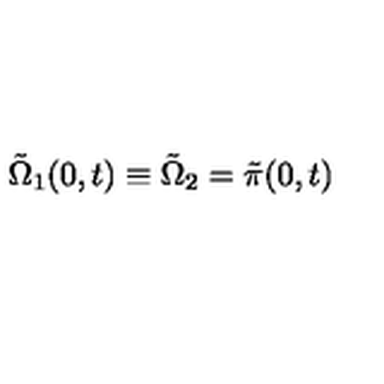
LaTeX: \tilde { \Omega } _ { 1 } ( 0 , t ) \equiv \tilde { \Omega } _ { 2 } = \tilde { \pi } ( 0 , t )